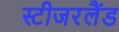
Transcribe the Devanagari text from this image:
स्टीजरलैंड